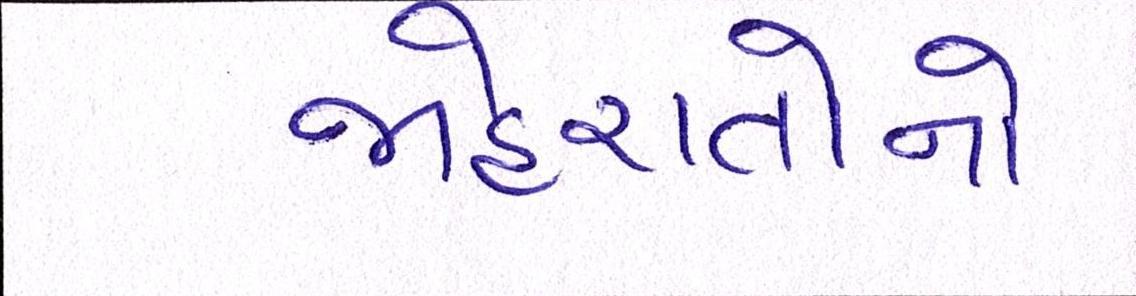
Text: જાહેરાતોનો